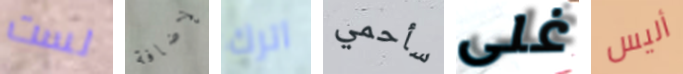
لست لإضافة اترك سأحمي غلى أليس